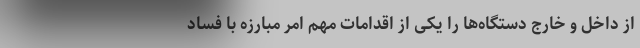
از داخل و خارج دستگاه‌ها را یکی از اقدامات مهم امر مبارزه با فساد